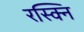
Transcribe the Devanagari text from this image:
रस्क्नि